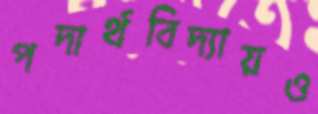
পদার্থবিদ্যায়ও